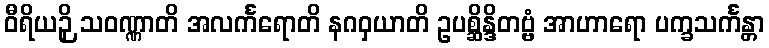
ဝီရိယဉှိ သဝဏ္ဏာတိ အလင်္ကရောတိ နဂဝှယာတိ ဥပစ္ဆိန္ဒိတဗ္ဗံ အာဟာရော ပက္ခသင်္ကန္တာ